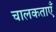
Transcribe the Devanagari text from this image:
चालकताएँ